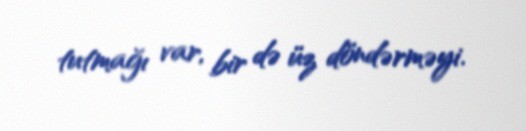
tutmağı var, bir də üz döndərməyi.